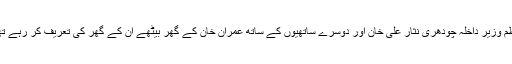
‘‘ ٹھیک ایک ماہ اور 14دِن بعد وزیرِاعظم وزیرِ داخلہ چودھری نثار علی خان اور دوسرے ساتھیوں کے ساتھ عمران خان کے گھر بیٹھے اُن کے گھر کی تعریف کر رہے تھے حالانکہ گھر گھر والی سے ہوتا ہے۔